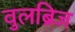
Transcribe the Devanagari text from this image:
वुलब्रिज